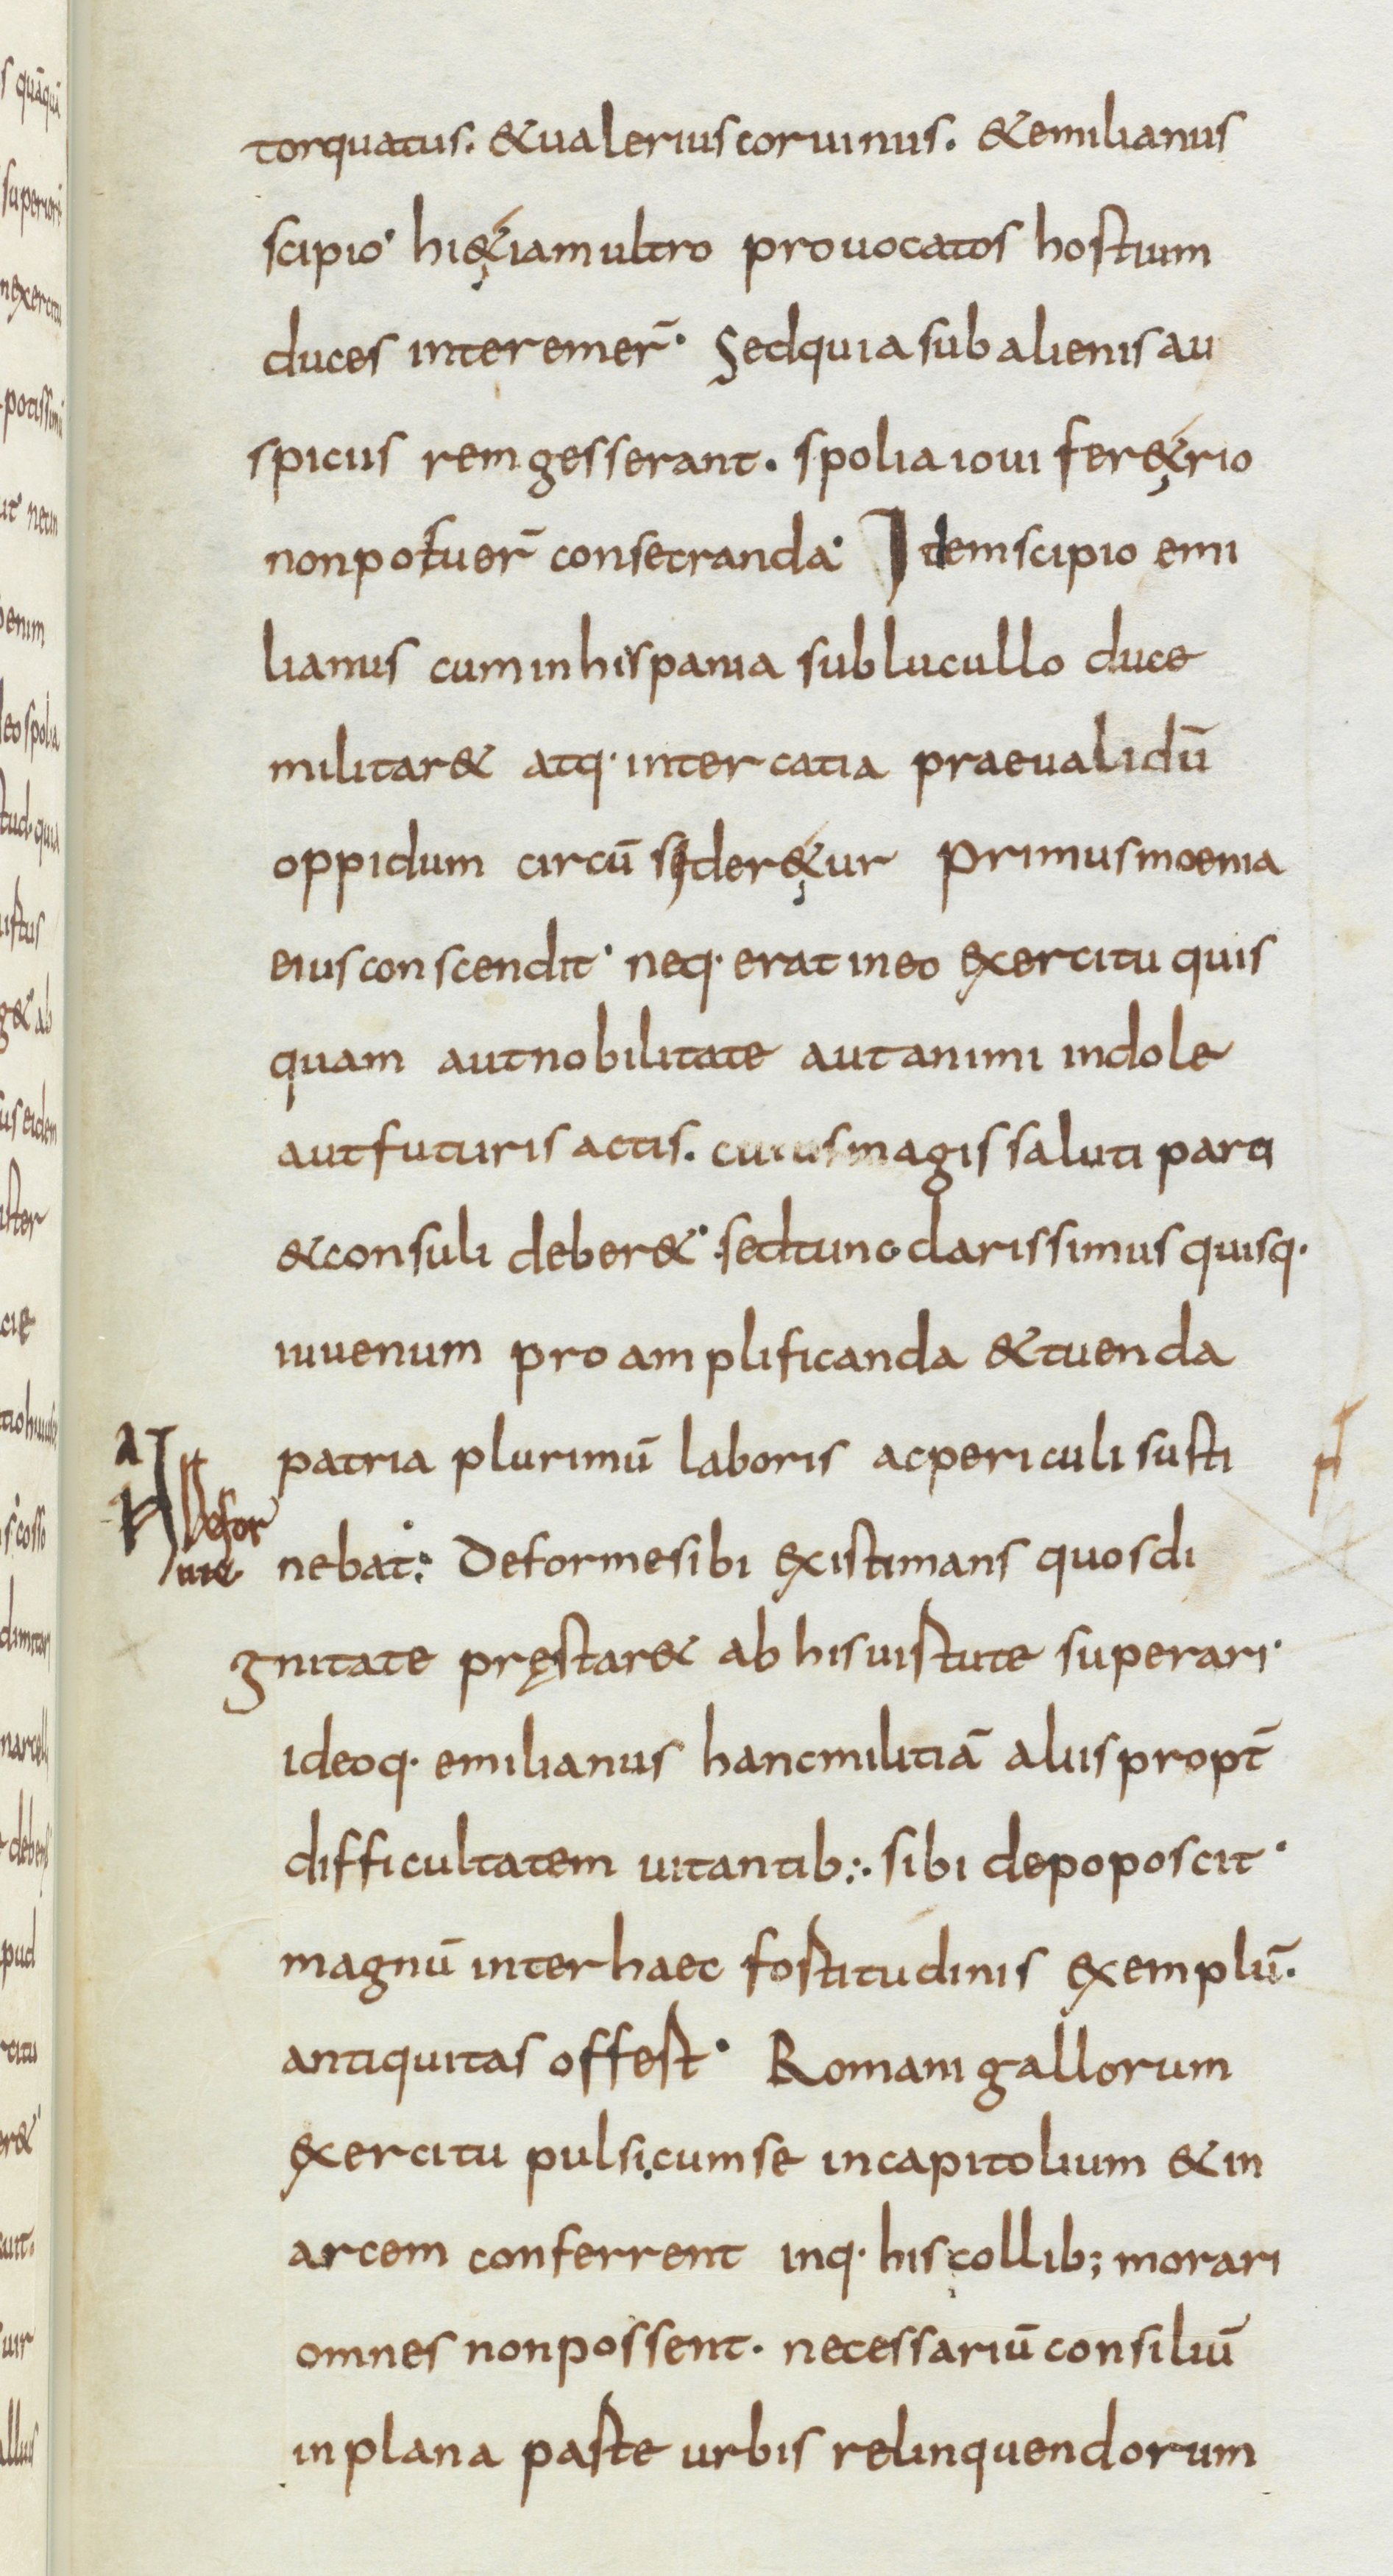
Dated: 834–866